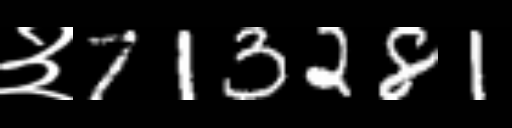
Text: ३713281